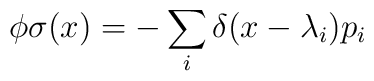
\phi\sigma (x)= - \sum_i \delta (x- \lambda_i)p_i